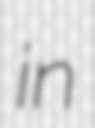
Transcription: in